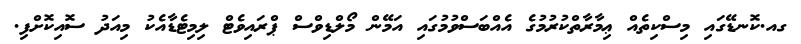
ގއ.ކޮނޑޭގައި މިސްކިތެއް ޢިމާރާތްކުރުމުގެ އެއްބަސްވުމުގައި އަމޭން މޯލްޑިވްސް ޕްރައިވެޓް ލިމިޓެޑާއެކު މިއަދު ސޮއިކޮށްފި.